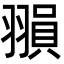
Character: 𦑰